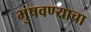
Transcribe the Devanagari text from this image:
भुषवण्याचा